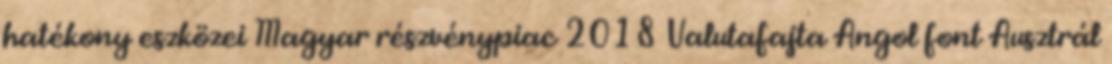
hatékony eszközei Magyar részvénypiac 2018 Valutafajta Angol font Ausztrál